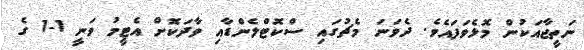
ނަތީޖާއަކުން މޮޅެވަފައެވެ. ދެވަނަ މެޗުގައި ސްކޮޓްލެންޑާއި ވާދަކޮށް އެޓީމު ވަނީ 1-1 ގެ